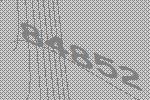
84852